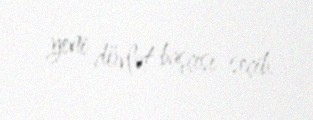
yeni dövlət başçısı seçib.